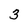
Character: 3